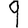
Digit: 9